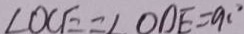
\angle O C E = \angle O D E = 9 0 ^ { \circ }